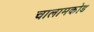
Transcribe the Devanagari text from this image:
चालामकोड